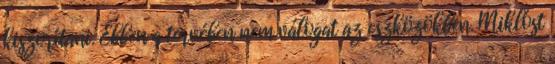
kiszorítani. Ebben a tervében nem válogat az eszközökben. Miklóst